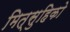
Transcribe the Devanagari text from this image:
मित्सुहिको